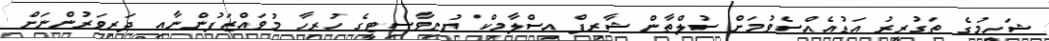
ޝަހީމުގެ ތަގުރީރު އަޑުއެއްސެވުމަށް ސުލްތާން ޝާރިފް އިސްލާމިކް ޔުނިވާސިޓީގެ ހުރިހާ މުވައްޒަފުންނާއި ދަރިވަރުންނަށް